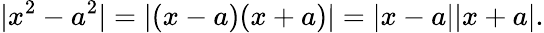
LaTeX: |x^{2}-a^{2}|=|(x-a)(x+a)|=|x-a||x+a|.